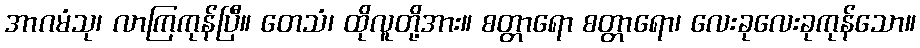
အာဂမံသု၊ လာကြကုန်ပြီ။ တေသံ၊ ထိုလူတို့အား။ စတ္တာရော စတ္တာရော၊ လေးခုလေးခုကုန်သော။